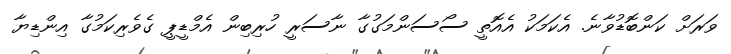
ވަރަށް ކަންބޮޑުވާނެ. އެކަމަކު އެއޮތީ ސޯސަންމަގުގާ ނާސަރީ ހުރިބިން އެމްޑީޕީ ގެވެރިކަމުގާ އިންޑިޔާ